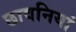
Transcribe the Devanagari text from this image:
छावनियां